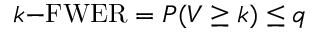
k { \mathrm { - F W E R } } = P ( V \geq k ) \leq q